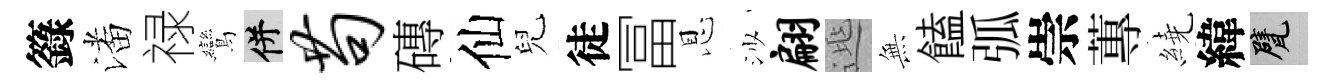
籙潘禄鸞并苟磚仙兒徒冨恩沙翩𨓱𭴾饁弧崇蓴繞緯甓